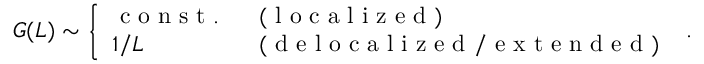
G ( L ) \sim \left\{ \begin{array} { l l } { \mathrm { ~ c ~ o ~ n ~ s ~ t ~ . ~ } } & { \mathrm { ~ ( ~ l ~ o ~ c ~ a ~ l ~ i ~ z ~ e ~ d ~ ) ~ } } \\ { 1 / L } & { \mathrm { ~ ( ~ d ~ e ~ l ~ o ~ c ~ a ~ l ~ i ~ z ~ e ~ d ~ / ~ e ~ x ~ t ~ e ~ n ~ d ~ e ~ d ~ ) ~ } } \end{array} \right. .